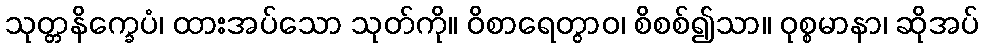
သုတ္တနိက္ခေပံ၊ ထားအပ်သော သုတ်ကို။ ဝိစာရေတွာဝ၊ စိစစ်၍သာ။ ဝုစ္စမာနာ၊ ဆိုအပ်